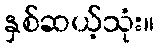
နှစ်ဆယ့်သုံး။